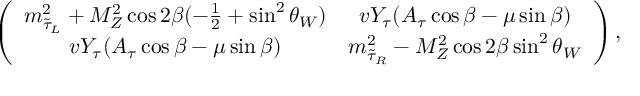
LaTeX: \left( \begin{array} { c c } { { m _ { \tilde { \tau } _ { L } } ^ { 2 } + M _ { Z } ^ { 2 } \cos 2 \beta ( - \frac { 1 } { 2 } + \sin ^ { 2 } \theta _ { W } ) } } & { { v Y _ { \tau } ( A _ { \tau } \cos \beta - \mu \sin \beta ) } } \\ { { v Y _ { \tau } ( A _ { \tau } \cos \beta - \mu \sin \beta ) } } & { { m _ { \tilde { \tau } _ { R } } ^ { 2 } - M _ { Z } ^ { 2 } \cos 2 \beta \sin ^ { 2 } \theta _ { W } } } \end{array} \right) ,